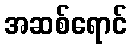
အဆစ်ရောင်